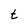
Character: t